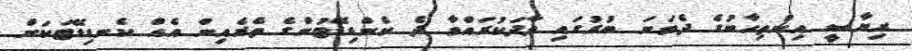
ރިޔާސީ އިންތިހާބުގެ ދެވަނަ ބުރުގައި ވާދަކުރައްވާ ދެ ކެންޑިޑޭޓުންގެ ތެރެއިން އެއް ކެނޑިޑޭޓަކަށް